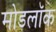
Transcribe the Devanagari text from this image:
मोडलॉक